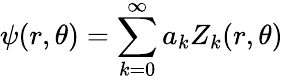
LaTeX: \psi(r,\theta)=\sum_{k=0}^{\infty}a_{k}Z_{k}(r,\theta)